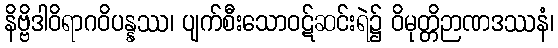
နိဗ္ဗိဒါဝိရာဂဝိပန္နဿ၊ ပျက်စီးသောဝဋ်ဆင်းရဲ၌ ဝိမုတ္တိဉာဏဒဿနံ၊